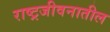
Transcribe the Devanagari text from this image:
राष्ट्रजीवनातील